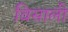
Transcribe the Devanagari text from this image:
विसाली